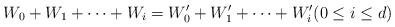
LaTeX: \begin{align*} W_0 + W_1 + \cdots + W_i = W'_0 + W'_1 + \cdots + W'_i (0 \leq i \leq d)\end{align*}